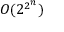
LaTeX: O ( 2 ^ { 2 ^ { n } } )